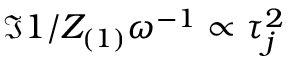
\Im { 1 / Z _ { ( 1 ) } } \omega ^ { - 1 } \propto \tau _ { j } ^ { 2 }